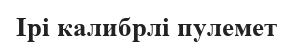
Ірі калибрлі пулемет